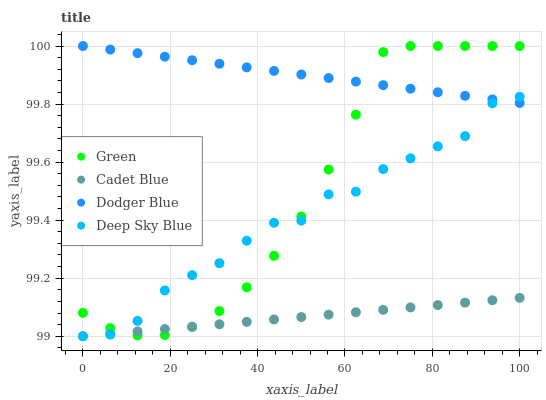
| xaxis_label | Green | Cadet Blue | Dodger Blue | Deep Sky Blue |
 | --- | --- | --- | --- | --- |
 | 0 | 99.1 | 99 | 100 | 99 |
 | 6.25 | 99 | 99 | 100 | 99 |
 | 12.5 | 99 | 99 | 100 | 99.1 |
 | 18.8 | 99 | 99 | 100 | 99.2 |
 | 25 | 99 | 99 | 100 | 99.2 |
 | 31.2 | 99.1 | 99 | 99.9 | 99.3 |
 | 37.5 | 99.2 | 99 | 99.9 | 99.3 |
 | 43.8 | 99.3 | 99.1 | 99.9 | 99.4 |
 | 50 | 99.4 | 99.1 | 99.9 | 99.4 |
 | 56.2 | 99.6 | 99.1 | 99.9 | 99.5 |
 | 62.5 | 99.8 | 99.1 | 99.9 | 99.5 |
 | 68.8 | 100 | 99.1 | 99.9 | 99.6 |
 | 75 | 100 | 99.1 | 99.9 | 99.6 |
 | 81.2 | 100 | 99.1 | 99.8 | 99.7 |
 | 87.5 | 100 | 99.1 | 99.8 | 99.7 |
 | 93.8 | 100 | 99.1 | 99.8 | 99.8 |
 | 100 | 100 | 99.1 | 99.8 | 99.8 |